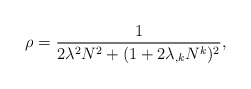
\begin{align*}\rho = \frac{1}{2\lambda^2N^2 + (1+2\lambda_{,k}N^k)^2},\end{align*}